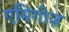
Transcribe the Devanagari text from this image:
एमिगोज़